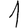
Digit: 1